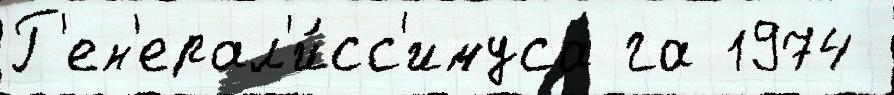
Г'ен'ерал'и́сс'имуса га 1974